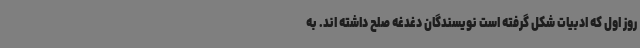
روز اول که ادبیات شکل گرفته است نویسندگان دغدغه صلح داشته اند. به